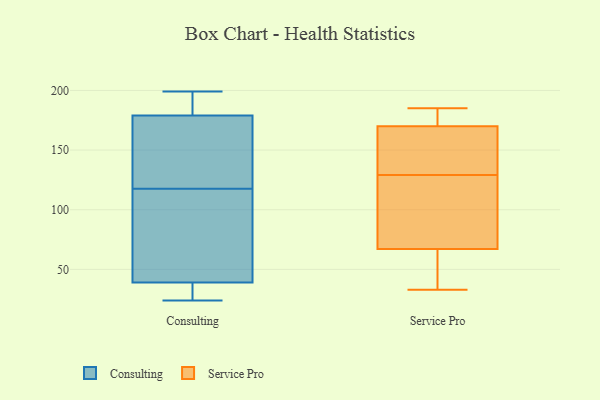
{"axis": {"x": "Conversion Rate (%)", "y": "Value"}, "legend": ["Consulting", "Service Pro"], "data": [{"x": "", "y": 83, "type": "Consulting"}, {"x": "", "y": 24, "type": "Consulting"}, {"x": "", "y": 114, "type": "Consulting"}, {"x": "", "y": 179, "type": "Consulting"}, {"x": "", "y": 199, "type": "Consulting"}, {"x": "", "y": 121, "type": "Consulting"}, {"x": "", "y": 183, "type": "Consulting"}, {"x": "", "y": 126, "type": "Consulting"}, {"x": "", "y": 39, "type": "Consulting"}, {"x": "", "y": 29, "type": "Consulting"}, {"x": "", "y": 157, "type": "Service Pro"}, {"x": "", "y": 170, "type": "Service Pro"}, {"x": "", "y": 85, "type": "Service Pro"}, {"x": "", "y": 145, "type": "Service Pro"}, {"x": "", "y": 106, "type": "Service Pro"}, {"x": "", "y": 114, "type": "Service Pro"}, {"x": "", "y": 185, "type": "Service Pro"}, {"x": "", "y": 170, "type": "Service Pro"}, {"x": "", "y": 164, "type": "Service Pro"}, {"x": "", "y": 66, "type": "Service Pro"}, {"x": "", "y": 177, "type": "Service Pro"}, {"x": "", "y": 144, "type": "Service Pro"}, {"x": "", "y": 171, "type": "Service Pro"}, {"x": "", "y": 65, "type": "Service Pro"}, {"x": "", "y": 39, "type": "Service Pro"}, {"x": "", "y": 67, "type": "Service Pro"}, {"x": "", "y": 33, "type": "Service Pro"}, {"x": "", "y": 86, "type": "Service Pro"}]}